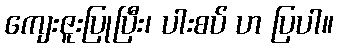
ကျေးဇူးပြုပြီး၊ ပါးစပ် ဟ ပြပါ။